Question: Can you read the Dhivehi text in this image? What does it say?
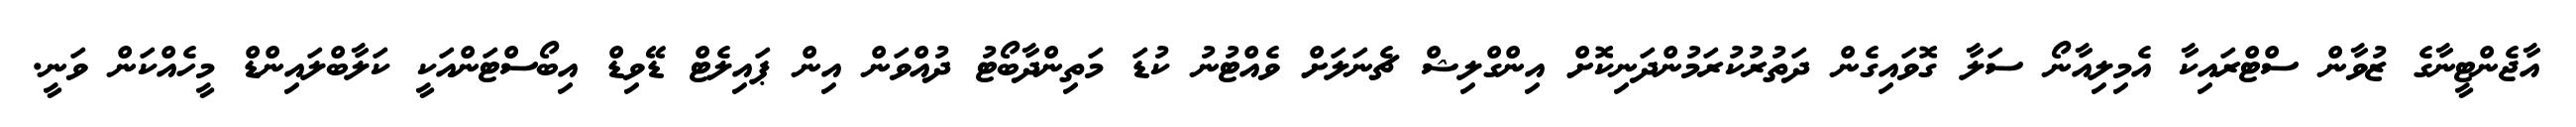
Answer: އާޖެންޓީނާގެ ޒުވާން ސްޓްރައިކާ އެމިލިއާނޯ ސަލާ ގޮވައިގެން ދަތުރުކުރަމުންދަނިކޮށް އިންގްލިޝް ޗެނަލަށް ވެއްޓުނު ކުޑަ މަތިންދާބޯޓު ދުއްވަން އިން ޕައިލެޓް ޑޭވިޑް އިބޯސްޓަންއަކީ ކަލާބްލައިންޑް މީހެއްކަން ވަނީ.